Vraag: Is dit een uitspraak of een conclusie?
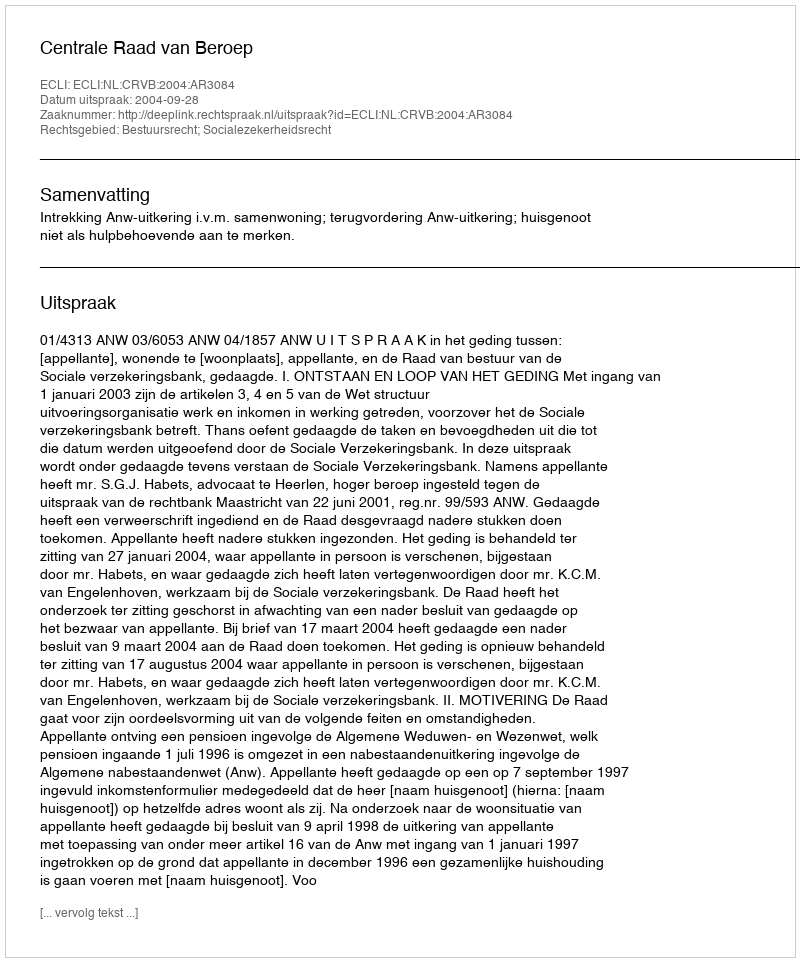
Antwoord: Uitspraak